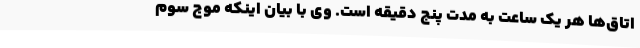
اتاق‌ها هر یک ساعت به مدت پنج دقیقه است. وی با بیان اینکه موج سوم